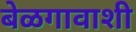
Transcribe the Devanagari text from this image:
बेळगावाशी